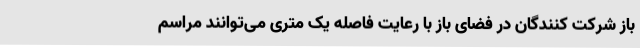
باز شرکت کنندگان در فضای باز با رعایت فاصله یک متری می‌توانند مراسم